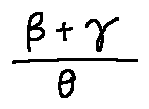
\frac { \beta + \gamma } { \theta }